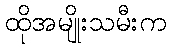
ထိုအမျိုးသမီးက